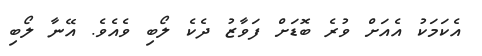
އެކަމަކު އެއަށް ވުރެ ބޮޑަށް ފަވާޒު ދެކެ ލޯބި ވެއެވެ. އޭނާ ލޯބި